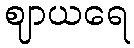
ဈာယရေ